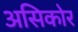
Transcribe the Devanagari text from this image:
असिकोर